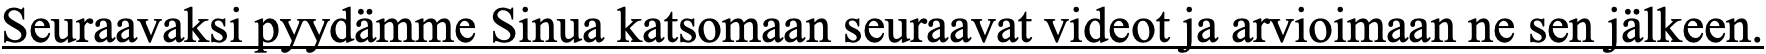
Seuraavaksi pyydämme Sinua katsomaan seuraavat videot ja arvioimaan ne sen jälkeen.